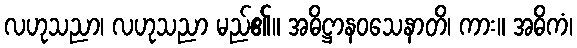
လဟုသညာ၊ လဟုသညာ မည်၏။ အဓိဋ္ဌာနဝသေနာတိ၊ ကား။ အဓိကံ၊